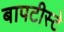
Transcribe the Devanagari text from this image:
बापटीस्टे